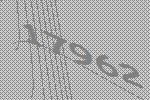
17962